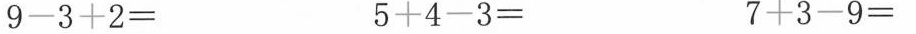
9-3+2= 5+4-3= 7+3-9=